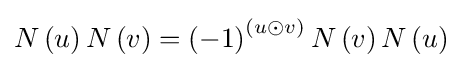
N\left(u\right)N\left(v\right)=\left(-1\right)^{\left(u\odot v\right)}N\left(v\right)N\left(u\right)